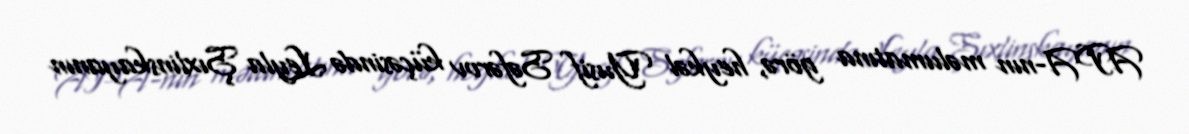
APA-nın məlumatına görə, heykəl Yusif Səfərov küçəsində Leyla Şıxlinskayanın